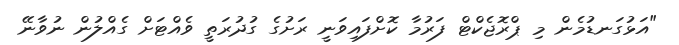
"އަޅުގަނޑުމެން މި ޕްރޮޖެކްޓް ފަރުމާ ކޮށްފައިވަނީ ރަށުގެ ގުދުރަތީ ވެއްޓަށް ގެއްލުން ނުވާނޭ